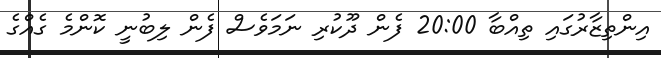
އިންތިޒާރުގައި ތިއްބާ 20:00 ފެން ދޫކުރި ނަމަވެސް ފެން ލިބުނީ ކޮންމެ ގެއްގެ